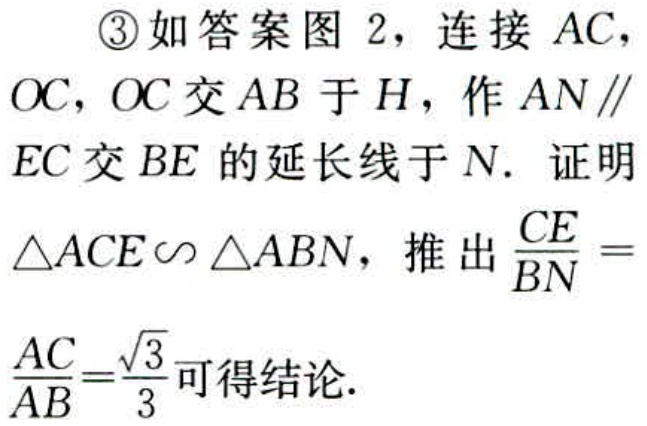
\textcircled{3}如答案图 2，连接 \(AC\)，\(OC\)，\(OC\) 交 \(AB\) 于 \(H\)，作 \(AN \parallel EC\) 交 \(BE\) 的延长线于 \(N\). 证明 \(\triangle ACE\sim\triangle ABN\)，推出 \(\frac{CE}{BN}=\frac{AC}{AB}=\frac{\sqrt{3}}{3}\)可得结论.